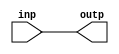
module low_power_buffer (
    input wire inp,
    output wire outp
);

assign outp = inp;

endmodule